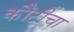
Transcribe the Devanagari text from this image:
कौंटीचा